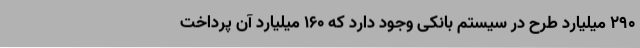
290 میلیارد طرح در سیستم بانکی وجود دارد که 160 میلیارد آن پرداخت